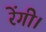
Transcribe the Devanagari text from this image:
रेंगी।